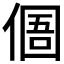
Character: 𠋼